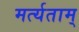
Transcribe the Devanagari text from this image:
मर्त्यताम्